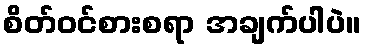
စိတ်ဝင်စားစရာ အချက်ပါပဲ။